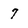
Character: 7